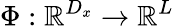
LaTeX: \Phi:\mathbb{R}^{D_{x}}\rightarrow\mathbb{R}^{L}